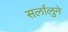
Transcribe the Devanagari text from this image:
सर्लालुने